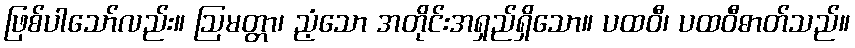
ဖြစ်ပါသော်လည်း။ ဩမတ္တာ၊ ညံ့သော အတိုင်းအရှည်ရှိသော။ ပထဝီ၊ ပထဝီဓာတ်သည်။